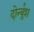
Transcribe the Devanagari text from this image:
दोर्न्बुश